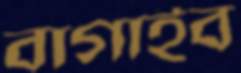
বাগাইব